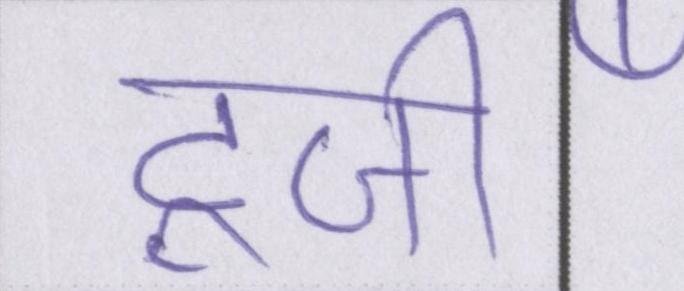
टूजी